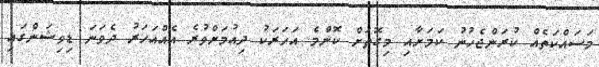
މަސައްކަތެއް ކުރަންޖެހުނު ކަމަށާއި މިގޮތަށް ކޮންމެ އަހަރަކު ދިއުމަށްވުރެ އެއްއަހަރު ދެވަނަ ޑިވިޝަންގައި